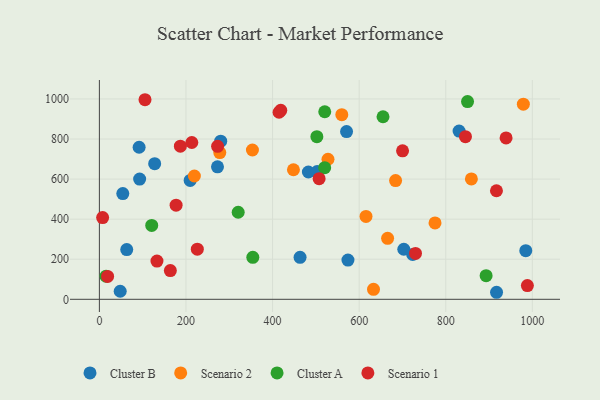
{"axis": {"x": "Engine Size", "y": "Demand"}, "legend": ["Cluster A", "Cluster B", "Scenario 1", "Scenario 2"], "data": [{"x": "209.7", "y": 593.5, "type": "Cluster B"}, {"x": "91.8", "y": 758.8, "type": "Cluster B"}, {"x": "54.1", "y": 527.8, "type": "Cluster B"}, {"x": "272.8", "y": 661.1, "type": "Cluster B"}, {"x": "48.1", "y": 40.2, "type": "Cluster B"}, {"x": "917.3", "y": 35.1, "type": "Cluster B"}, {"x": "93.0", "y": 599.9, "type": "Cluster B"}, {"x": "984.8", "y": 242.9, "type": "Cluster B"}, {"x": "570.9", "y": 837.1, "type": "Cluster B"}, {"x": "482.7", "y": 635.5, "type": "Cluster B"}, {"x": "463.5", "y": 209.6, "type": "Cluster B"}, {"x": "127.7", "y": 676.9, "type": "Cluster B"}, {"x": "723.6", "y": 223.9, "type": "Cluster B"}, {"x": "63.2", "y": 248.3, "type": "Cluster B"}, {"x": "703.1", "y": 249.9, "type": "Cluster B"}, {"x": "574.1", "y": 195.8, "type": "Cluster B"}, {"x": "503.0", "y": 637.7, "type": "Cluster B"}, {"x": "830.8", "y": 839.4, "type": "Cluster B"}, {"x": "280.2", "y": 789.1, "type": "Cluster B"}, {"x": "448.2", "y": 646.5, "type": "Scenario 2"}, {"x": "219.4", "y": 615.5, "type": "Scenario 2"}, {"x": "859.2", "y": 600.6, "type": "Scenario 2"}, {"x": "528.0", "y": 699.1, "type": "Scenario 2"}, {"x": "353.5", "y": 745.3, "type": "Scenario 2"}, {"x": "775.2", "y": 381.3, "type": "Scenario 2"}, {"x": "665.7", "y": 304.5, "type": "Scenario 2"}, {"x": "278.1", "y": 732.2, "type": "Scenario 2"}, {"x": "684.1", "y": 592.7, "type": "Scenario 2"}, {"x": "559.9", "y": 921.4, "type": "Scenario 2"}, {"x": "615.8", "y": 413.6, "type": "Scenario 2"}, {"x": "633.1", "y": 50.0, "type": "Scenario 2"}, {"x": "979.2", "y": 973.7, "type": "Scenario 2"}, {"x": "850.3", "y": 986.8, "type": "Cluster A"}, {"x": "320.6", "y": 434.6, "type": "Cluster A"}, {"x": "502.3", "y": 811.6, "type": "Cluster A"}, {"x": "893.2", "y": 118.1, "type": "Cluster A"}, {"x": "15.4", "y": 115.6, "type": "Cluster A"}, {"x": "354.4", "y": 209.7, "type": "Cluster A"}, {"x": "520.3", "y": 657.1, "type": "Cluster A"}, {"x": "655.1", "y": 911.2, "type": "Cluster A"}, {"x": "120.9", "y": 368.8, "type": "Cluster A"}, {"x": "520.5", "y": 936.1, "type": "Cluster A"}, {"x": "939.3", "y": 805.3, "type": "Scenario 1"}, {"x": "988.5", "y": 68.4, "type": "Scenario 1"}, {"x": "507.5", "y": 602.2, "type": "Scenario 1"}, {"x": "7.5", "y": 407.9, "type": "Scenario 1"}, {"x": "700.2", "y": 741.3, "type": "Scenario 1"}, {"x": "226.2", "y": 250.3, "type": "Scenario 1"}, {"x": "19.0", "y": 114.0, "type": "Scenario 1"}, {"x": "177.2", "y": 469.7, "type": "Scenario 1"}, {"x": "917.1", "y": 541.8, "type": "Scenario 1"}, {"x": "163.9", "y": 143.5, "type": "Scenario 1"}, {"x": "105.4", "y": 996.1, "type": "Scenario 1"}, {"x": "273.0", "y": 763.5, "type": "Scenario 1"}, {"x": "845.5", "y": 811.7, "type": "Scenario 1"}, {"x": "187.1", "y": 764.2, "type": "Scenario 1"}, {"x": "213.5", "y": 782.5, "type": "Scenario 1"}, {"x": "133.0", "y": 190.9, "type": "Scenario 1"}, {"x": "418.9", "y": 943.2, "type": "Scenario 1"}, {"x": "730.1", "y": 229.2, "type": "Scenario 1"}, {"x": "415.0", "y": 933.7, "type": "Scenario 1"}]}